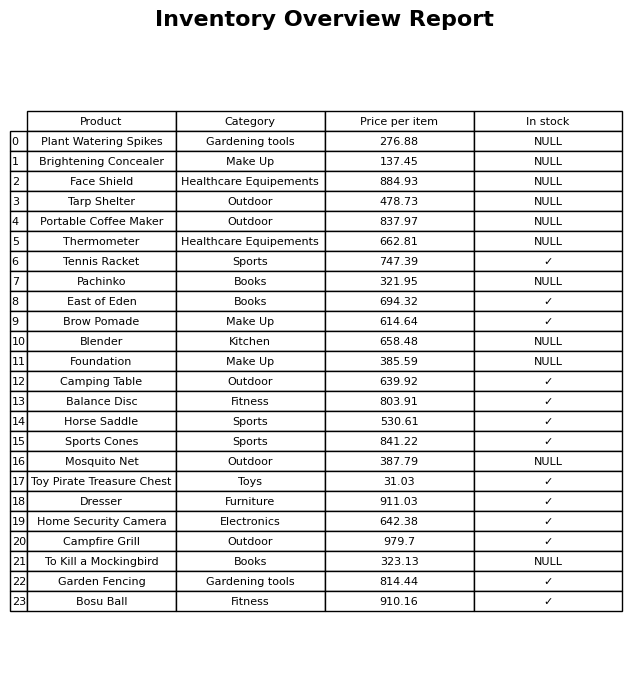
question: What is the price of the Horse Saddle?
answer: The price of Horse Saddle is 530.61.